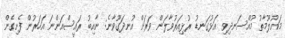
މައުލޫމާތު މުއްސަނދިވި އަޅުގަނޑު ރުޅިއަރުވާލަން ވަރަށް އުނދަގޫވާނެ: ނާއިބު ރައީސްއަންނަ އަހަރުން ފެށިގެން